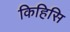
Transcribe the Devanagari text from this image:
किहिसि